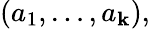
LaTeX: (a_{1},\ldots,a_{\mathbf{k}}),